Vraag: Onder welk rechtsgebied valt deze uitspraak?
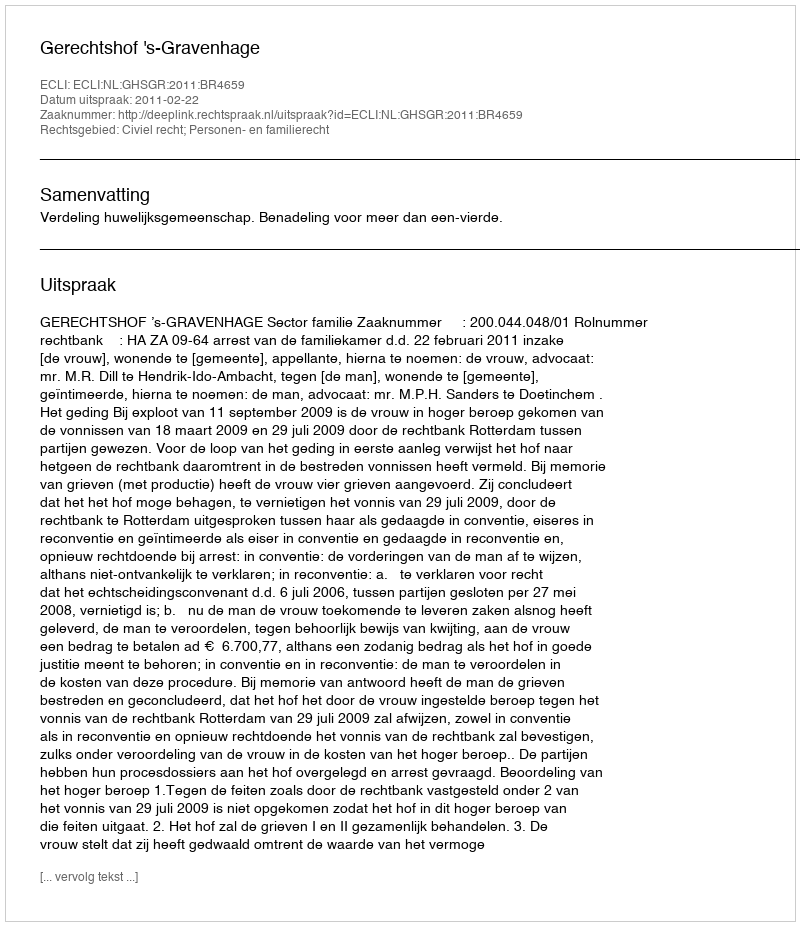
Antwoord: Civiel recht; Personen- en familierecht